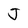
Character: J